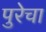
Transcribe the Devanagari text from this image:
पुरेचा